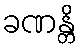
ခဏန္တိ